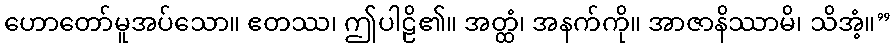
ဟောတော်မူအပ်သော။ ဧတဿ၊ ဤပါဠိ၏။ အတ္ထံ၊ အနက်ကို။ အာဇာနိဿာမိ၊ သိအံ့။”